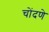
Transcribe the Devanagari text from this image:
चोंदणे